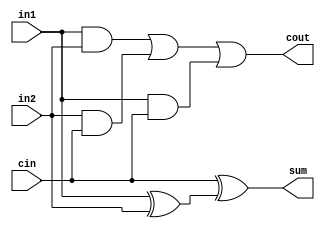
module full_adder(in1,in2,cin,sum,cout);
	input in1,in2,cin;
	output sum,cout;
	wire s1,c1,c2,c3;

	xor(s1,in1,in2);
	xor(sum,cin,s1);
	and(c1,in1,in2);
	and(c2,in2,cin);
	and(c3,in1,cin);
	or(cout,c1,c2,c3);
endmodule